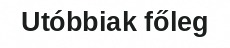
Utóbbiak főleg